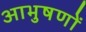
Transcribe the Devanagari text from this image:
आभुषणों